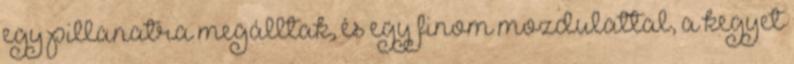
egy pillanatra megálltak, és egy finom mozdulattal, a kegyet